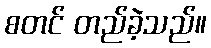
စတင် တည်ခဲ့သည်။